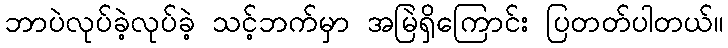
ဘာပဲလုပ်ခဲ့လုပ်ခဲ့ သင့်ဘက်မှာ အမြဲရှိကြောင်း ပြတတ်ပါတယ်။